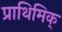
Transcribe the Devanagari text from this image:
प्राथिमिक्